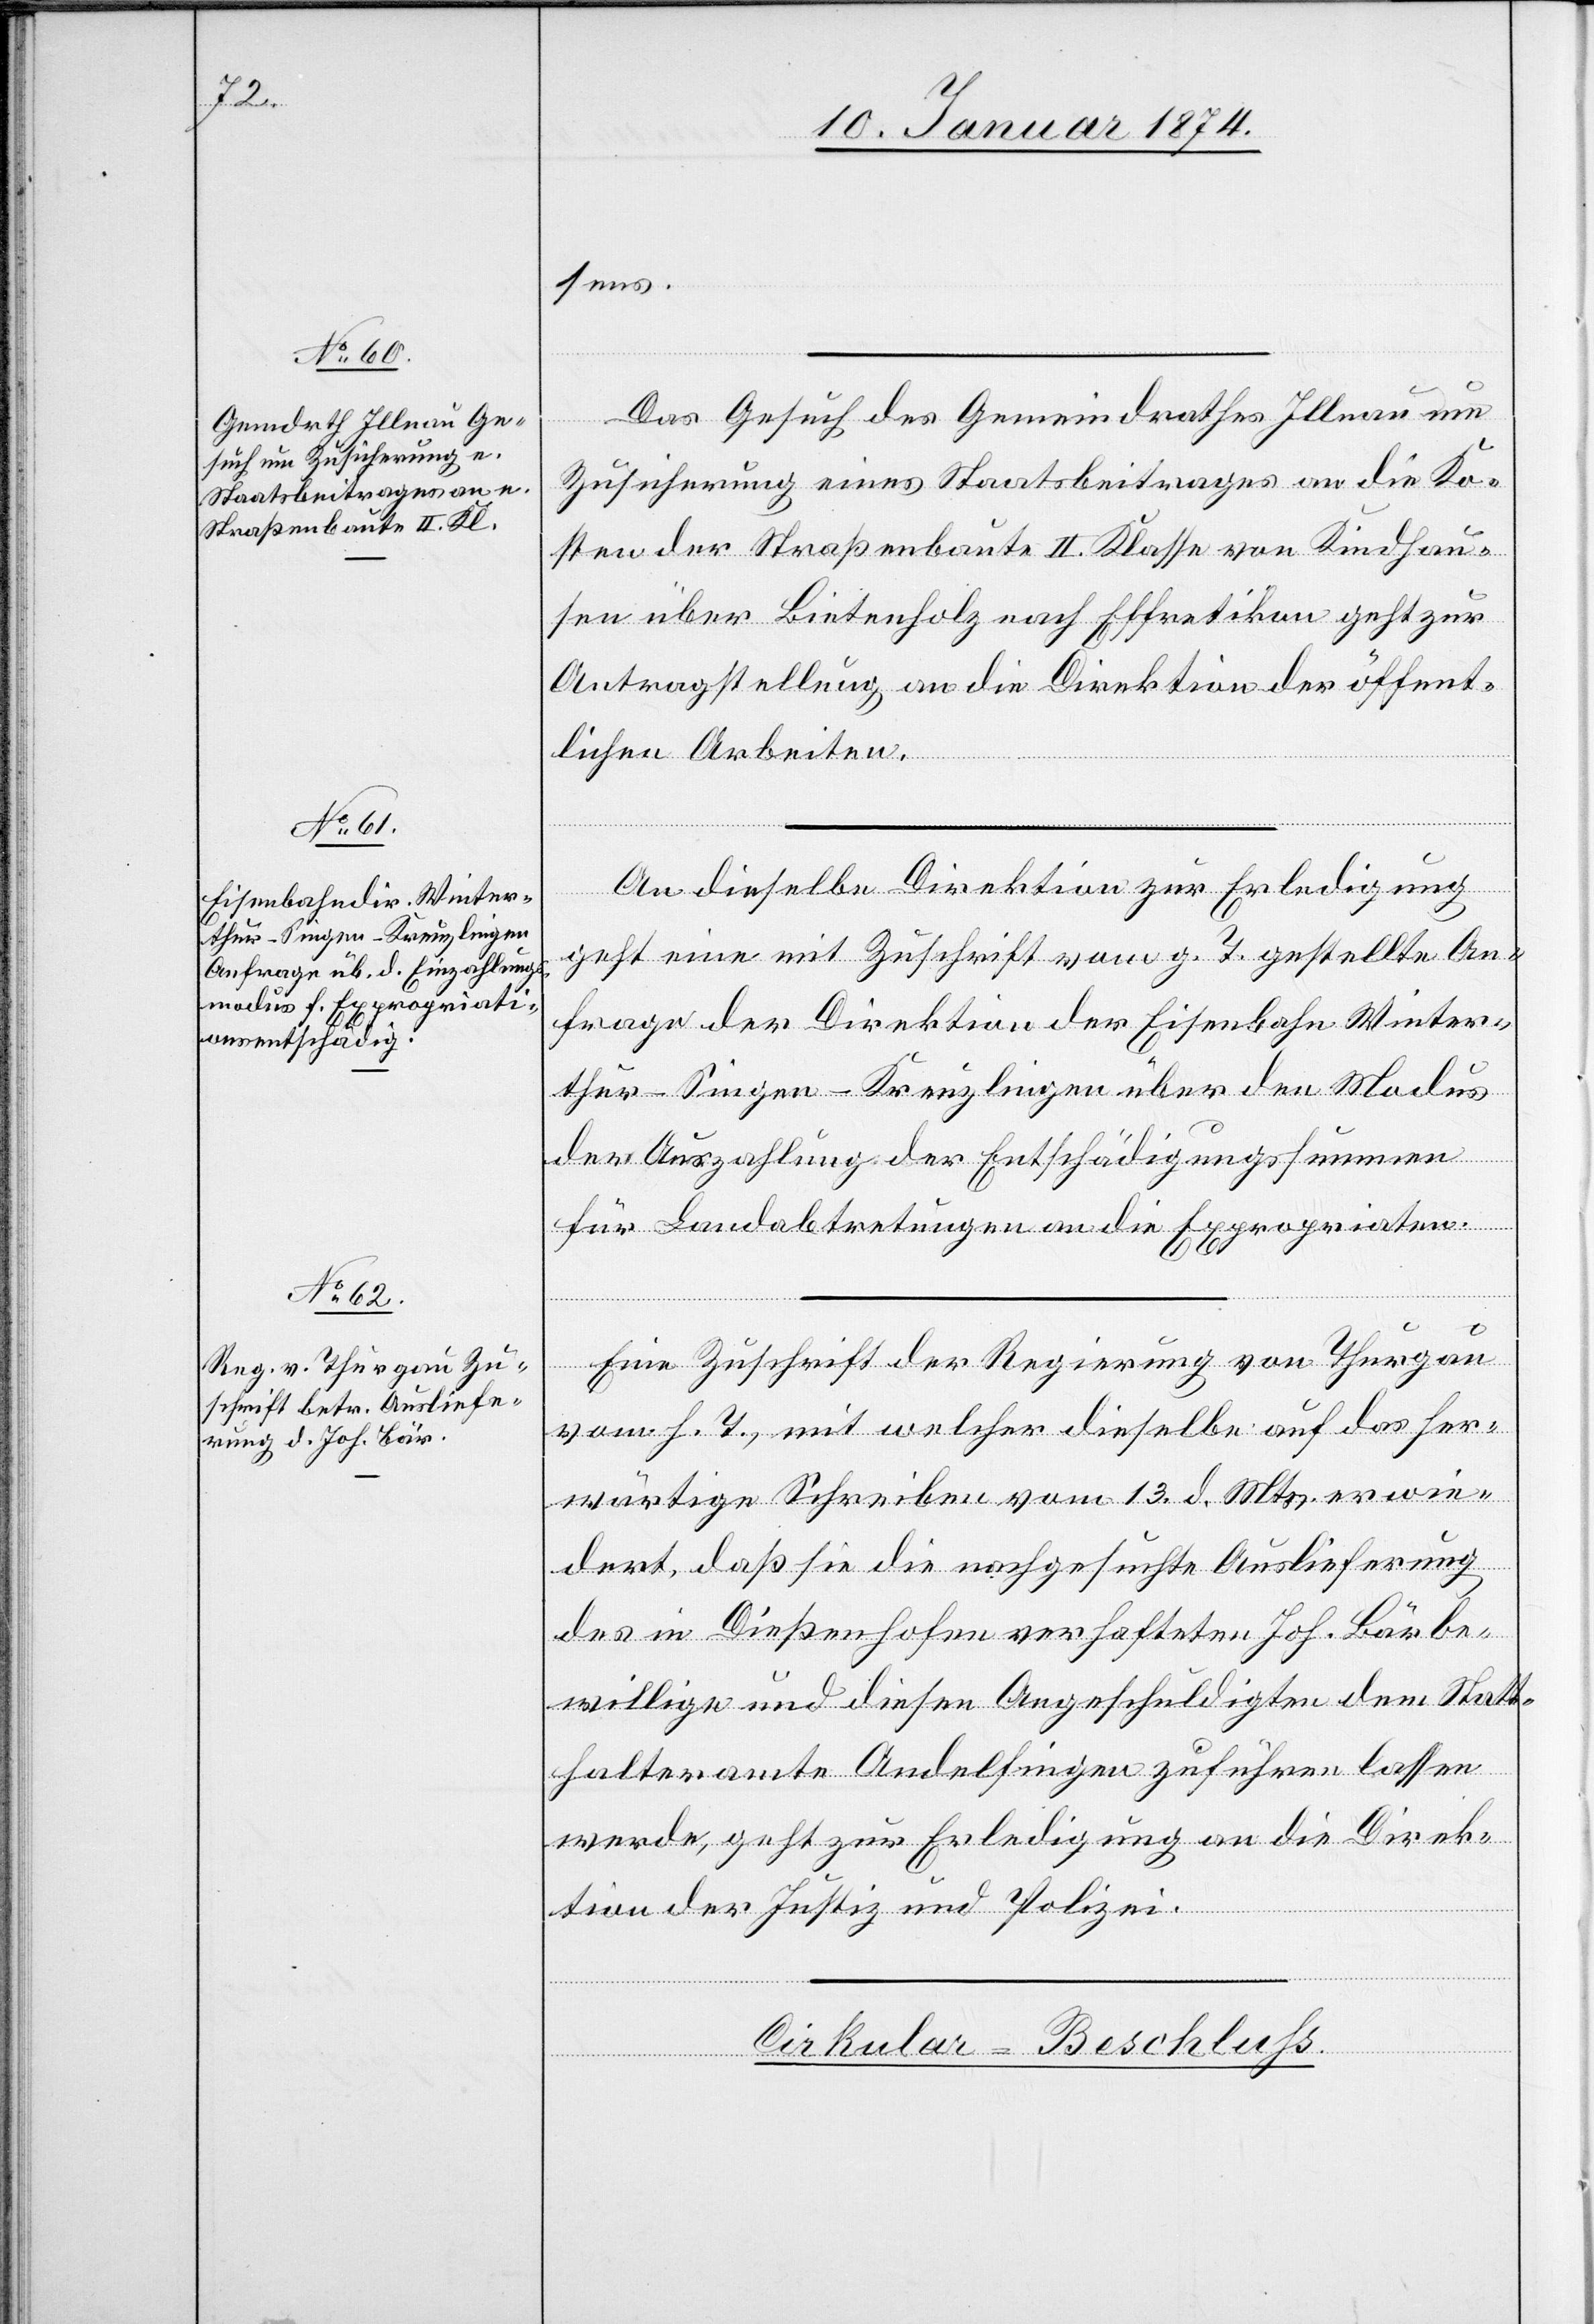
15. Januar 1874.]
sens.
Das Gesuch des Gemeindrathes Illnau um
Zusicherung eines Staatsbeitrages an die Ko¬
sten der Straßenbaute II. Klasse von Riedhau¬
sen über Bietenholz nach Effretikon geht zur
Antragstellung an die Direktion der öffent¬
lichen Arbeiten.
An dieselbe Direktion zur Erledigung
geht eine mit Zuschrift vom g. T. gestellte An¬
frage der Direktion der Eisenbahn Winter¬
thur-Singen-Kreuzlingen über den Modus
der Auszahlung der Entschädigungssummen
für Landabtretungen an die Expropriaten.
Eine Zuschrift der Regierung von Thurgau
vom h. T., mit welcher dieselbe auf das her¬
wärtige Schreiben vom 13. d. Mts. erwie¬
dert, daß sie die nachgesuchte Auslieferung
des in Dießenhofen verhafteten Joh. Bär be¬
willige und diesen Angeschuldigten dem Statt¬
halteramte Andelfingen zuführen lassen
werde, geht zur Erledigung an die Direk¬
tion der Justiz und Polizei.
Cirkular-Beschluß.